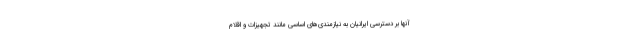
آنها بر دسترسی ایرانیان به نیازمندی‌های اساسی مانند تجهیزات و اقلام